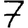
Digit: 7